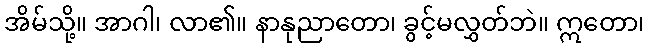
အိမ်သို့။ အာဂါ၊ လာ၏။ နာနုညာတော၊ ခွင့်မလွှတ်ဘဲ။ ဣတော၊